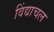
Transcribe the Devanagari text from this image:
विंद्याचल